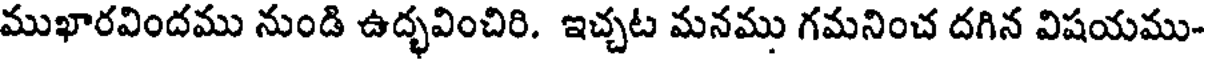
ముఖారవిందము నుండి ఉద్భవించిరి. ఇచ్చట మనము గమనించ దగిన విషయము-